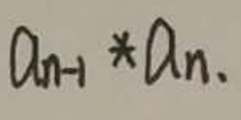
$a_{n - 1} * a_{n}.$